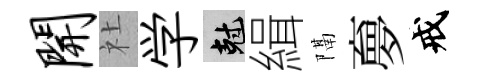
开社学剋緝隔夣戒